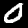
Digit: 0